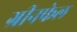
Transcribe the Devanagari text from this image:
ग्रीनफेल